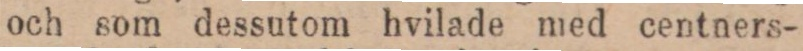
och som dessutom hvilade med centners-